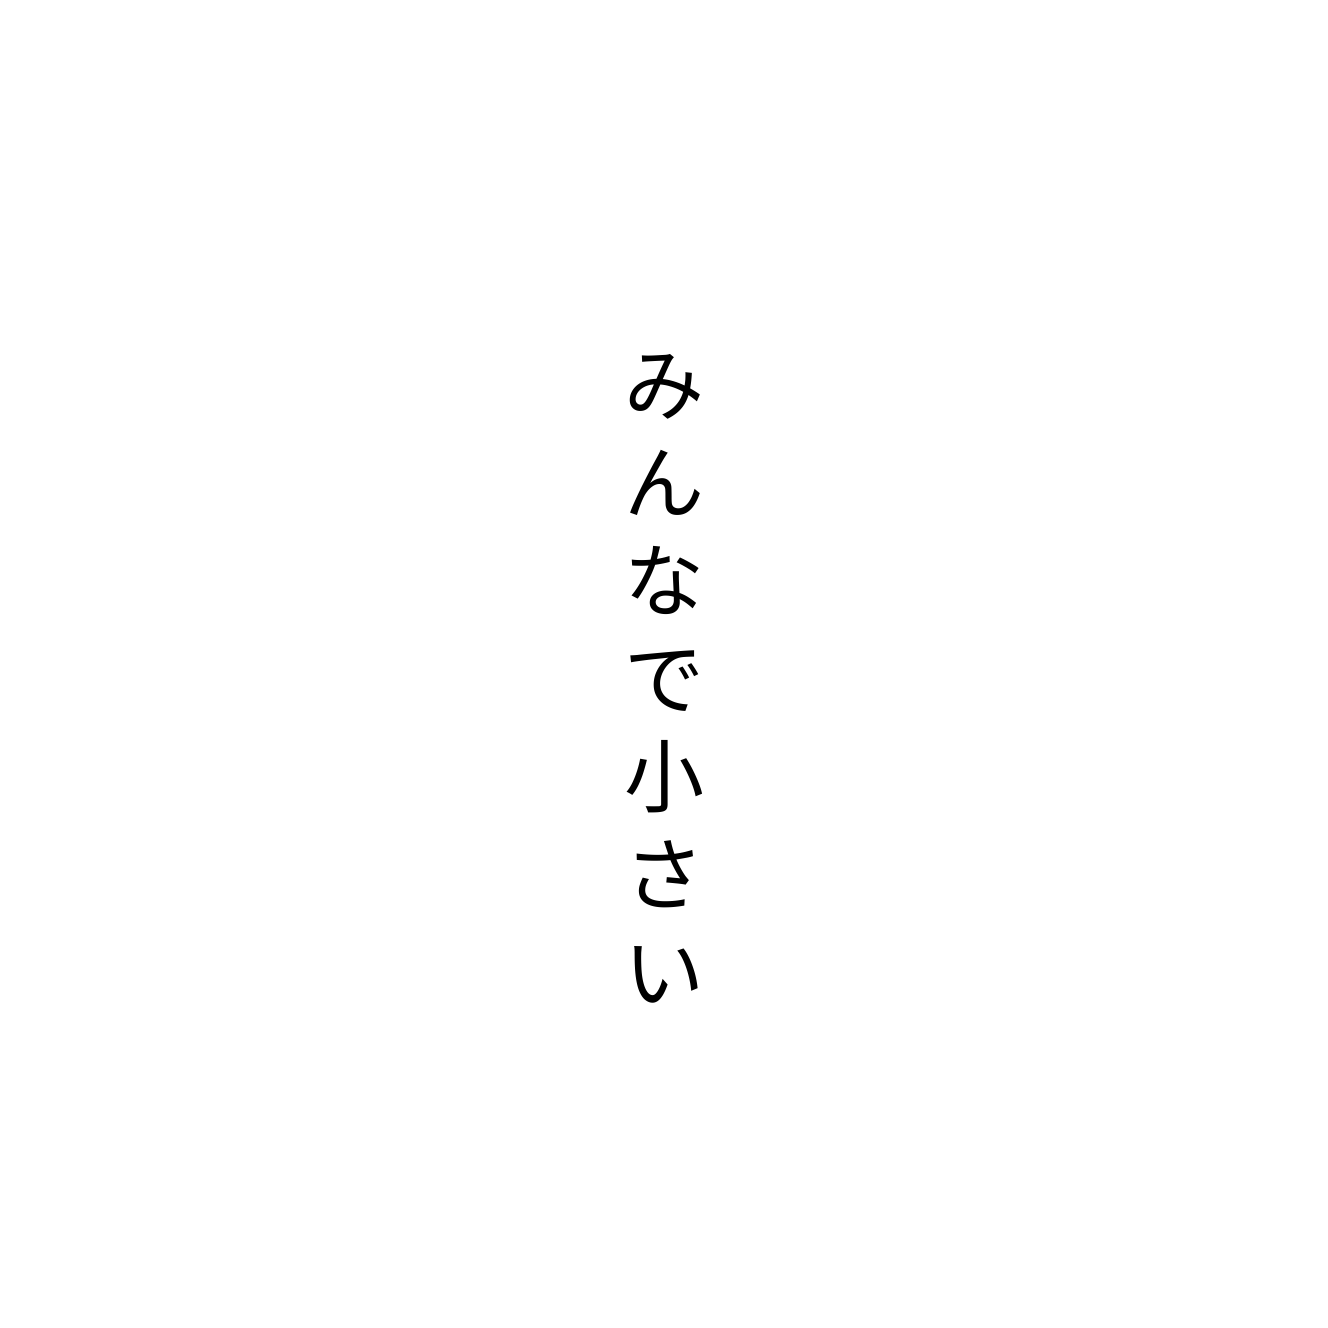
みんなで小さい